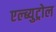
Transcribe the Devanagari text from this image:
एल्ब्युट्रोल